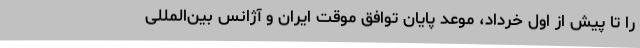
را تا پیش از اول خرداد، موعد پایان توافق موقت ایران و آژانس بین‌المللی